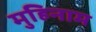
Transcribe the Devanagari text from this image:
मुहिनाम